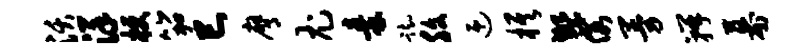
沃详梗笳巳膺尤秦踟腹迎旗繁假曼瓣幕